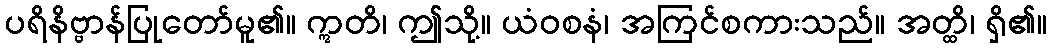
ပရိနိဗ္ဗာန်ပြုတော်မူ၏။ ဣတိ၊ ဤသို့။ ယံဝစနံ၊ အကြင်စကားသည်။ အတ္ထိ၊ ရှိ၏။